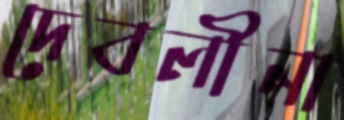
দেবলীনা